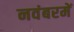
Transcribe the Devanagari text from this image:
नवंबरमें